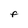
Character: F